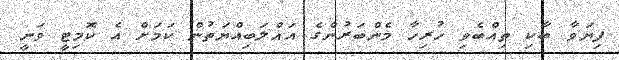
ފިޔަވާ ބާކި ތިއްބެވި ހުރިހާ މެންބަރުންގެ އަޣްލަބިއްޔަތުން ކަމަށް އެ ކޮމިޓީ ވަނީ